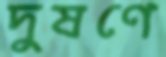
দুষণে